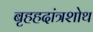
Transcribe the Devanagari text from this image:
बृहहदांत्रशोथ